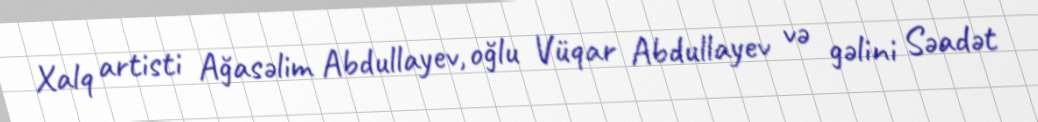
Xalq artisti Ağasəlim Abdullayev, oğlu Vüqar Abdullayev və gəlini Səadət